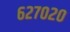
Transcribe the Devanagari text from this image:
६२७०२०